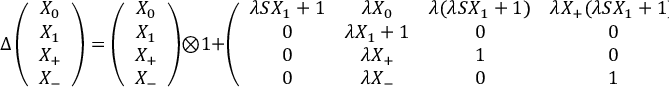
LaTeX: \Delta \left( \begin{array} { c } { { X _ { 0 } } } \\ { { X _ { 1 } } } \\ { { X _ { + } } } \\ { { X _ { - } } } \end{array} \right) = \left( \begin{array} { c } { { X _ { 0 } } } \\ { { X _ { 1 } } } \\ { { X _ { + } } } \\ { { X _ { - } } } \end{array} \right) \otimes 1 + \left( \begin{array} { c c c c } { { \lambda S X _ { 1 } + 1 } } & { { \lambda X _ { 0 } } } & { { \lambda ( \lambda S X _ { 1 } + 1 ) } } & { { \lambda X _ { + } ( \lambda S X _ { 1 } + 1 ) } } \\ { { 0 } } & { { \lambda X _ { 1 } + 1 } } & { { 0 } } & { { 0 } } \\ { { 0 } } & { { \lambda X _ { + } } } & { { 1 } } & { { 0 } } \\ { { 0 } } & { { \lambda X _ { - } } } & { { 0 } } & { { 1 } } \end{array} \right) \otimes \left( \begin{array} { c } { { X _ { 0 } } } \\ { { X _ { 1 } } } \\ { { X _ { + } } } \\ { { X _ { - } } } \end{array} \right) .